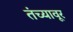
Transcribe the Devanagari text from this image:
तंच्यावूर